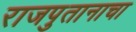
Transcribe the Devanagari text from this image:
राजपुतानाचा